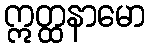
ဣတ္ထနာမော